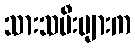
သားသမီးများက